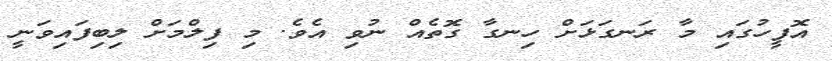
އޮފީހުގައި މާ ރަނގަޅަށް ހިނގާ ގޮތެއް ނުވި އެވެ. މި ފިލްމަށް ލިބިފައިވަނީ